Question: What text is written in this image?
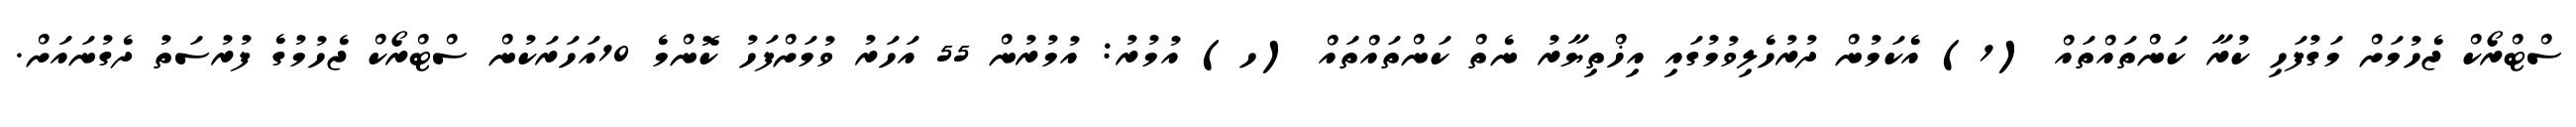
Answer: ސްޓްރޯކް ޖެހުމަށް މަގުފަހި ކުރާ ކަންތައްތައް (1) އެކަމުން ދުރުހެލިވުމުގައި އިޚްތިޔާރު ނެތް ކަންތައްތައް (ހ) އުމުރު: އުމުރުން 55 އަހަރު ވުމަށްފަހު ކޮންމެ 10އަހަރަކުން ސްޓްރޯކް ޖެހުމުގެ ފުރުސަތު ދެގުނައަށް.